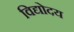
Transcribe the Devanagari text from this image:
विद्योदय